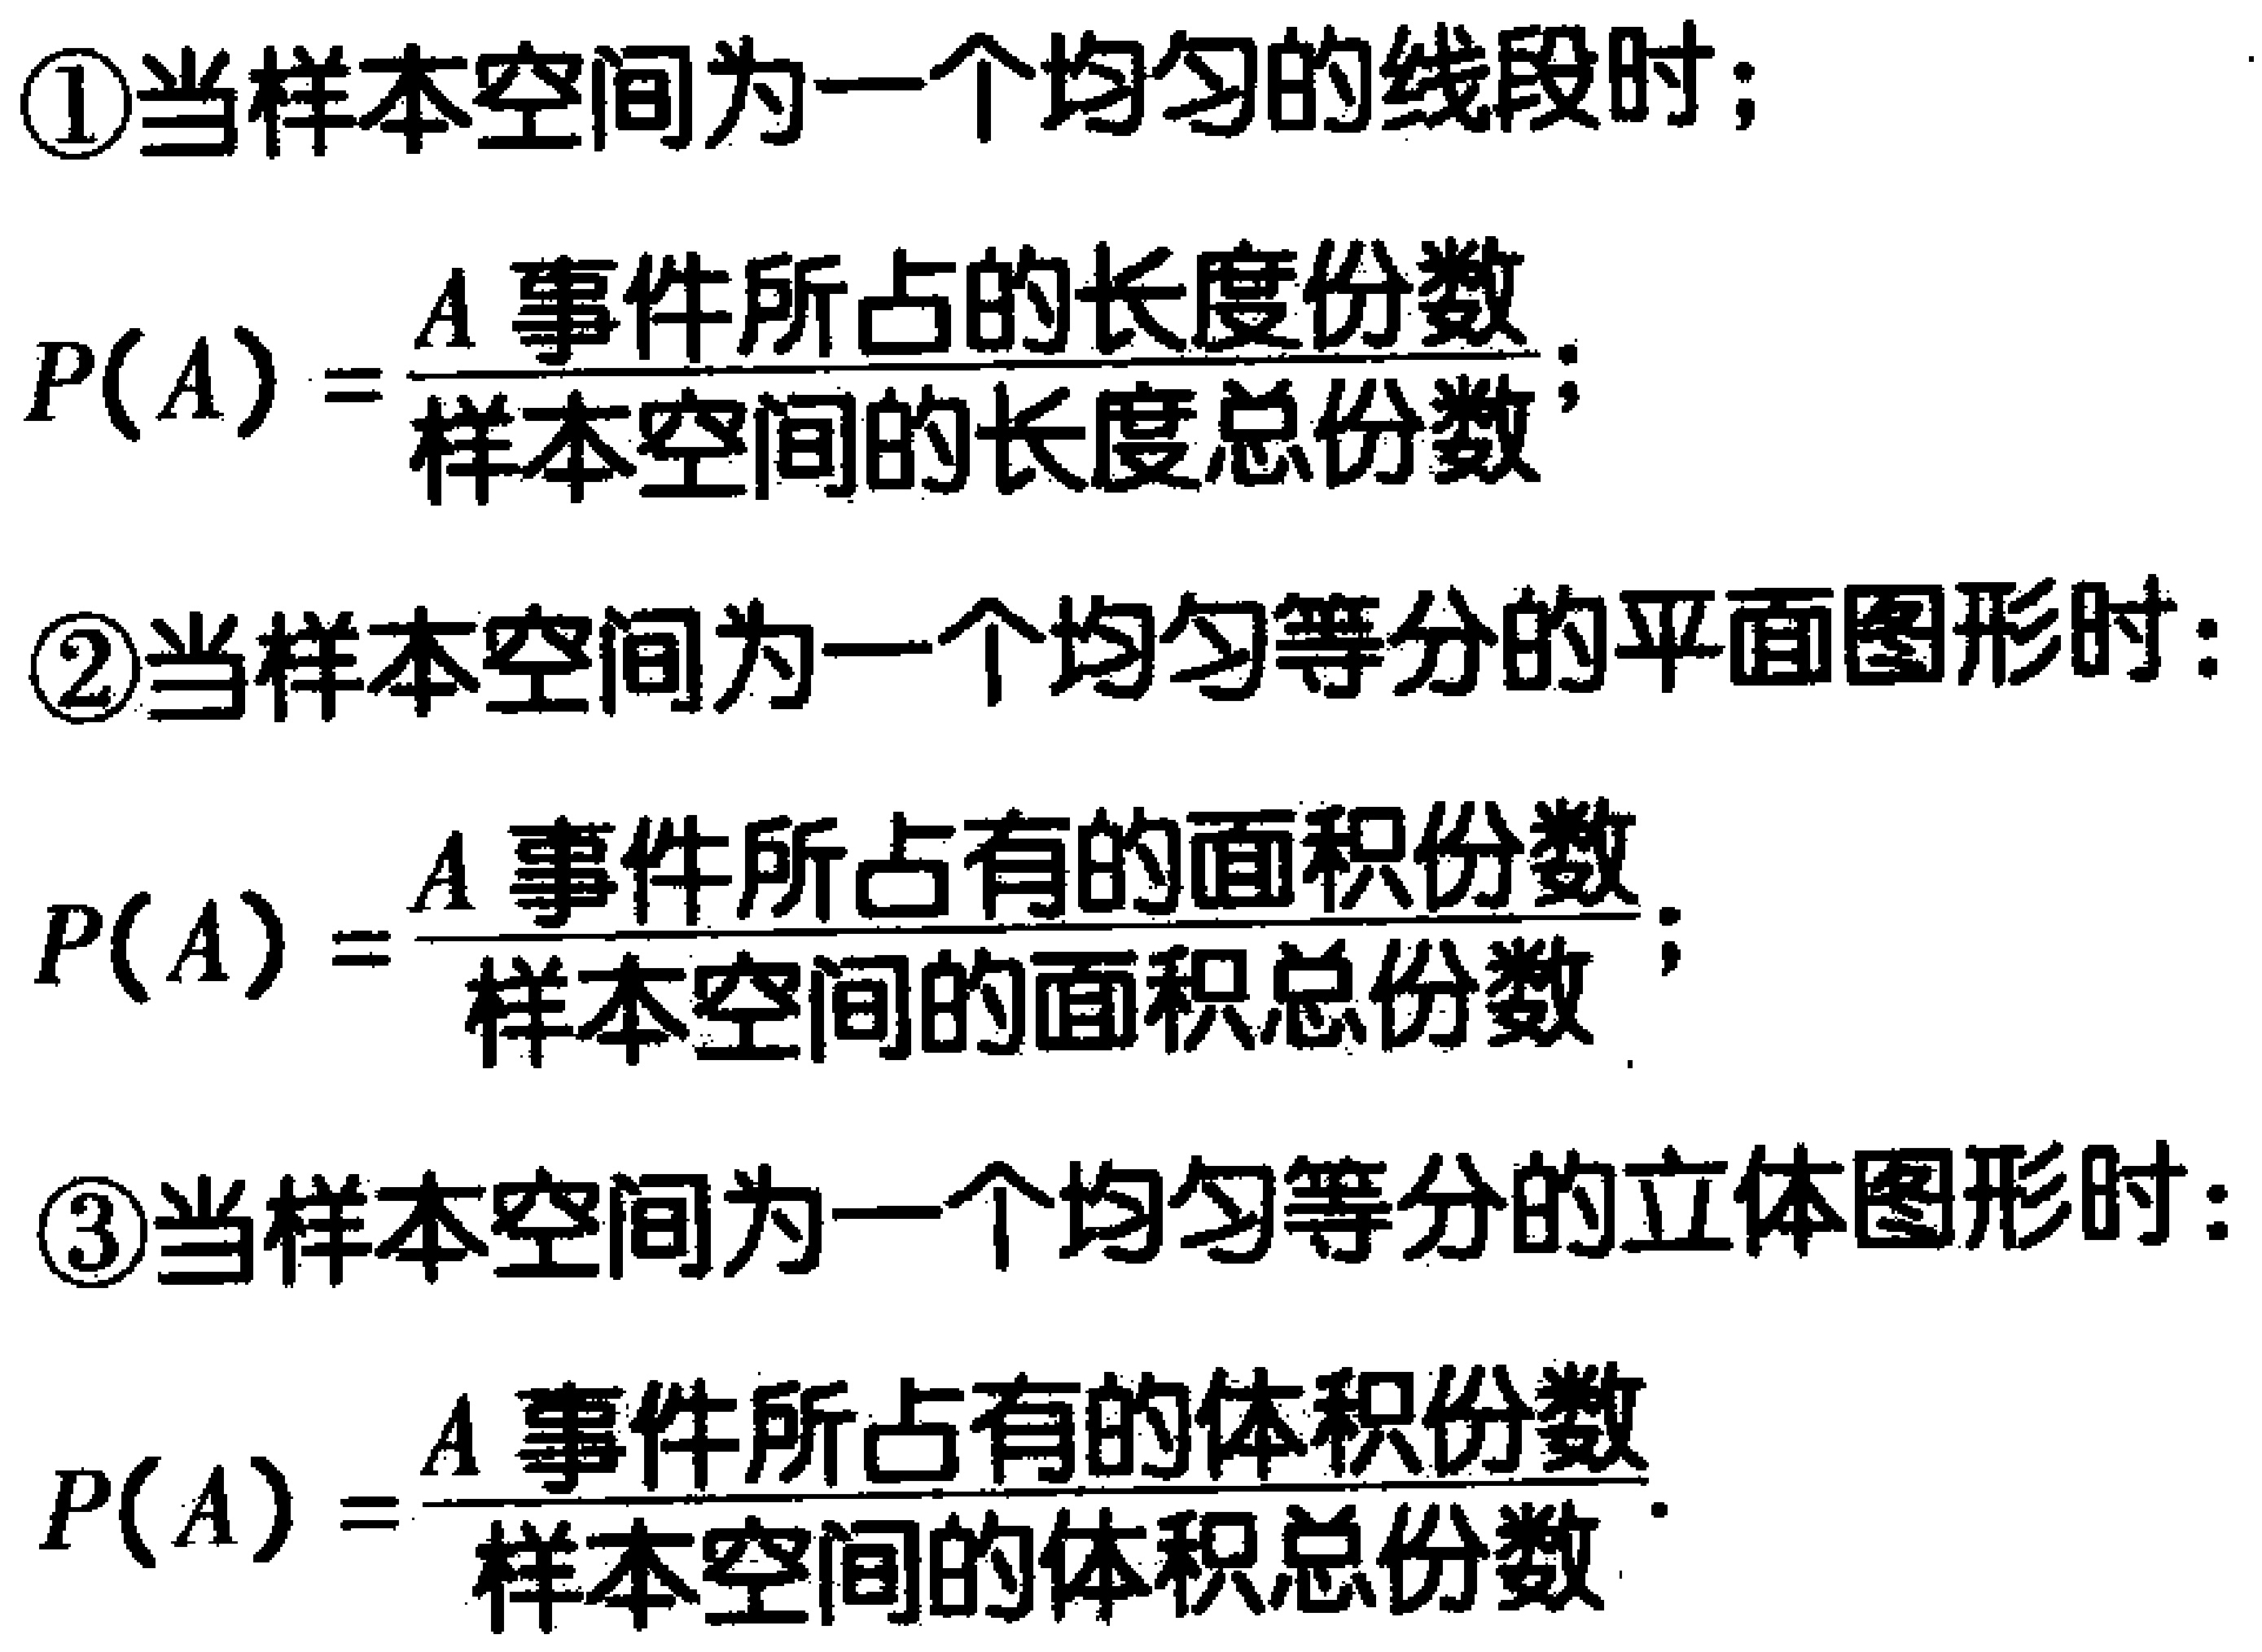
\textcircled{1}当样本空间为一个均匀的线段时；

\[P(A)=\frac{A\text{ 事件所占的长度份数}}{\text{样本空间的长度总份数}};\]

\textcircled{2}当样本空间为一个均匀等分的平面图形时：

\[P(A)=\frac{A\text{ 事件所占有的面积份数}}{\text{样本空间的面积总份数}};\]

\textcircled{3}当样本空间为一个均匀等分的立体图形时：

\[P(A)=\frac{A\text{ 事件所占有的体积份数}}{\text{样本空间的体积总份数}}.\]